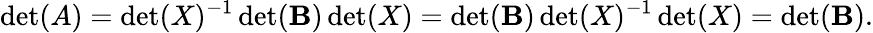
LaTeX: \operatorname*{det}(A)=\operatorname*{det}(X)^{-1}\operatorname*{det}(\mathbf{B})\operatorname*{det}(X)=\operatorname*{det}(\mathbf{B})\operatorname*{det}(X)^{-1}\operatorname*{det}(X)=\operatorname*{det}(\mathbf{B}).